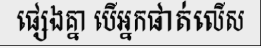
ផ្សេងគ្នា បើអ្នកផាត់លើស